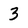
Character: 3